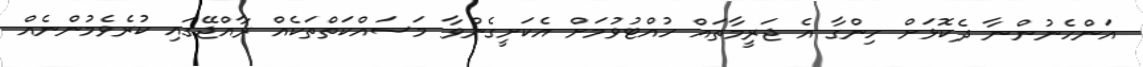
އަންހެނުންނާ ދެކޮޅަށް ހިންގާ އެ ޖަރީމާތައް ހުއްޓުވުމަށް އެކަށީގެންވާ މަސައްކަތްތަކެއް ރާއްޖޭގައި ކުރެވެމުންނެއް